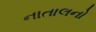
નાતાલનો